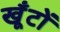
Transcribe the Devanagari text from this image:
खूँटों